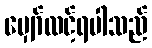
မျှော်လင့်ရပါသည်